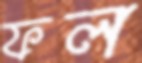
ফল